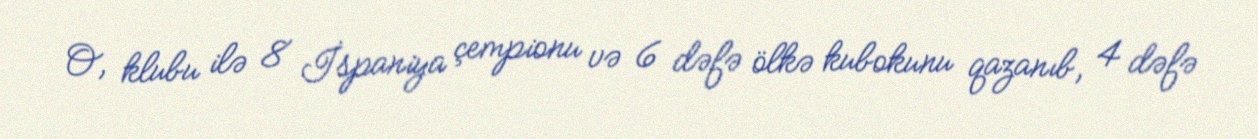
O, klubu ilə 8 İspaniya çempionu və 6 dəfə ölkə kubokunu qazanıb, 4 dəfə